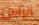
الراس